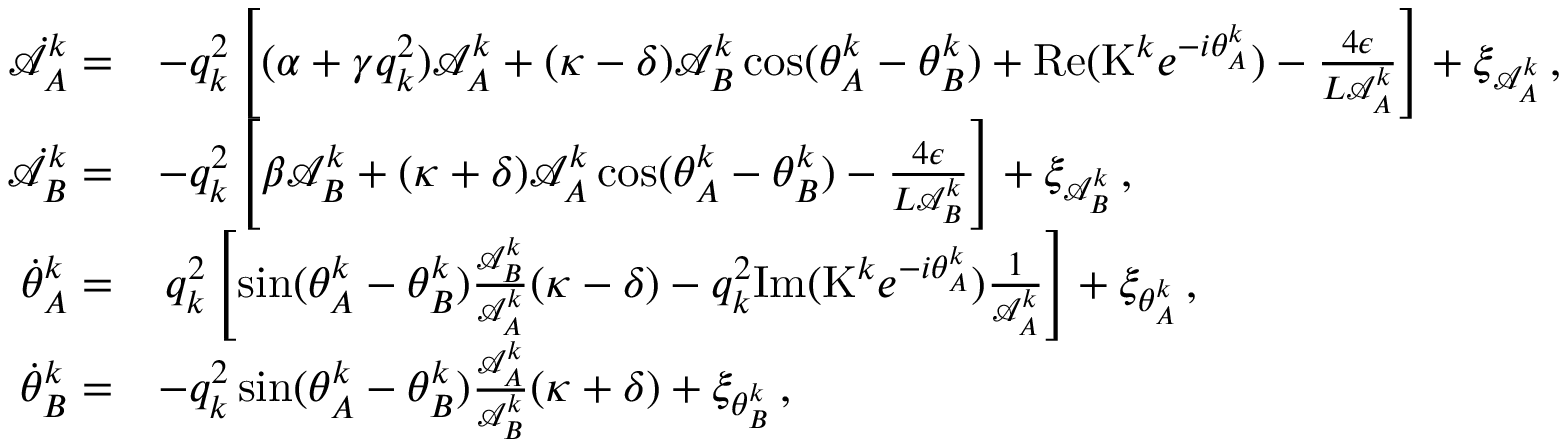
\begin{array} { r l } { \dot { \mathcal { A } } _ { A } ^ { k } = } & { - q _ { k } ^ { 2 } \left[ ( \alpha + \gamma q _ { k } ^ { 2 } ) \mathcal { A } _ { A } ^ { k } + ( \kappa - \delta ) \mathcal { A } _ { B } ^ { k } \cos ( \theta _ { A } ^ { k } - \theta _ { B } ^ { k } ) + \mathrm { R e } ( \mathrm { K } ^ { k } e ^ { - i \theta _ { A } ^ { k } } ) - \frac { 4 \epsilon } { L \mathcal { A } _ { A } ^ { k } } \right] + \xi _ { \mathcal { A } _ { A } ^ { k } } \, , } \\ { \dot { \mathcal { A } } _ { B } ^ { k } = } & { - q _ { k } ^ { 2 } \left[ \beta \mathcal { A } _ { B } ^ { k } + ( \kappa + \delta ) \mathcal { A } _ { A } ^ { k } \cos ( \theta _ { A } ^ { k } - \theta _ { B } ^ { k } ) - \frac { 4 \epsilon } { L \mathcal { A } _ { B } ^ { k } } \right] + \xi _ { \mathcal { A } _ { B } ^ { k } } \, , } \\ { \dot { \theta } _ { A } ^ { k } = } & { \, q _ { k } ^ { 2 } \left[ \sin ( \theta _ { A } ^ { k } - \theta _ { B } ^ { k } ) \frac { \mathcal { A } _ { B } ^ { k } } { \mathcal { A } _ { A } ^ { k } } ( \kappa - \delta ) - q _ { k } ^ { 2 } \mathrm { I m } ( \mathrm { K } ^ { k } e ^ { - i \theta _ { A } ^ { k } } ) \frac { 1 } { \mathcal { A } _ { A } ^ { k } } \right] + \xi _ { \theta _ { A } ^ { k } } \, , } \\ { \dot { \theta } _ { B } ^ { k } = } & { - q _ { k } ^ { 2 } \sin ( \theta _ { A } ^ { k } - \theta _ { B } ^ { k } ) \frac { \mathcal { A } _ { A } ^ { k } } { \mathcal { A } _ { B } ^ { k } } ( \kappa + \delta ) + \xi _ { \theta _ { B } ^ { k } } \, , } \end{array}